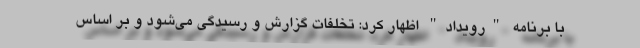
با برنامه "رویداد" اظهار کرد: تخلفات گزارش و رسیدگی می‌شود و بر اساس